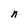
Character: n